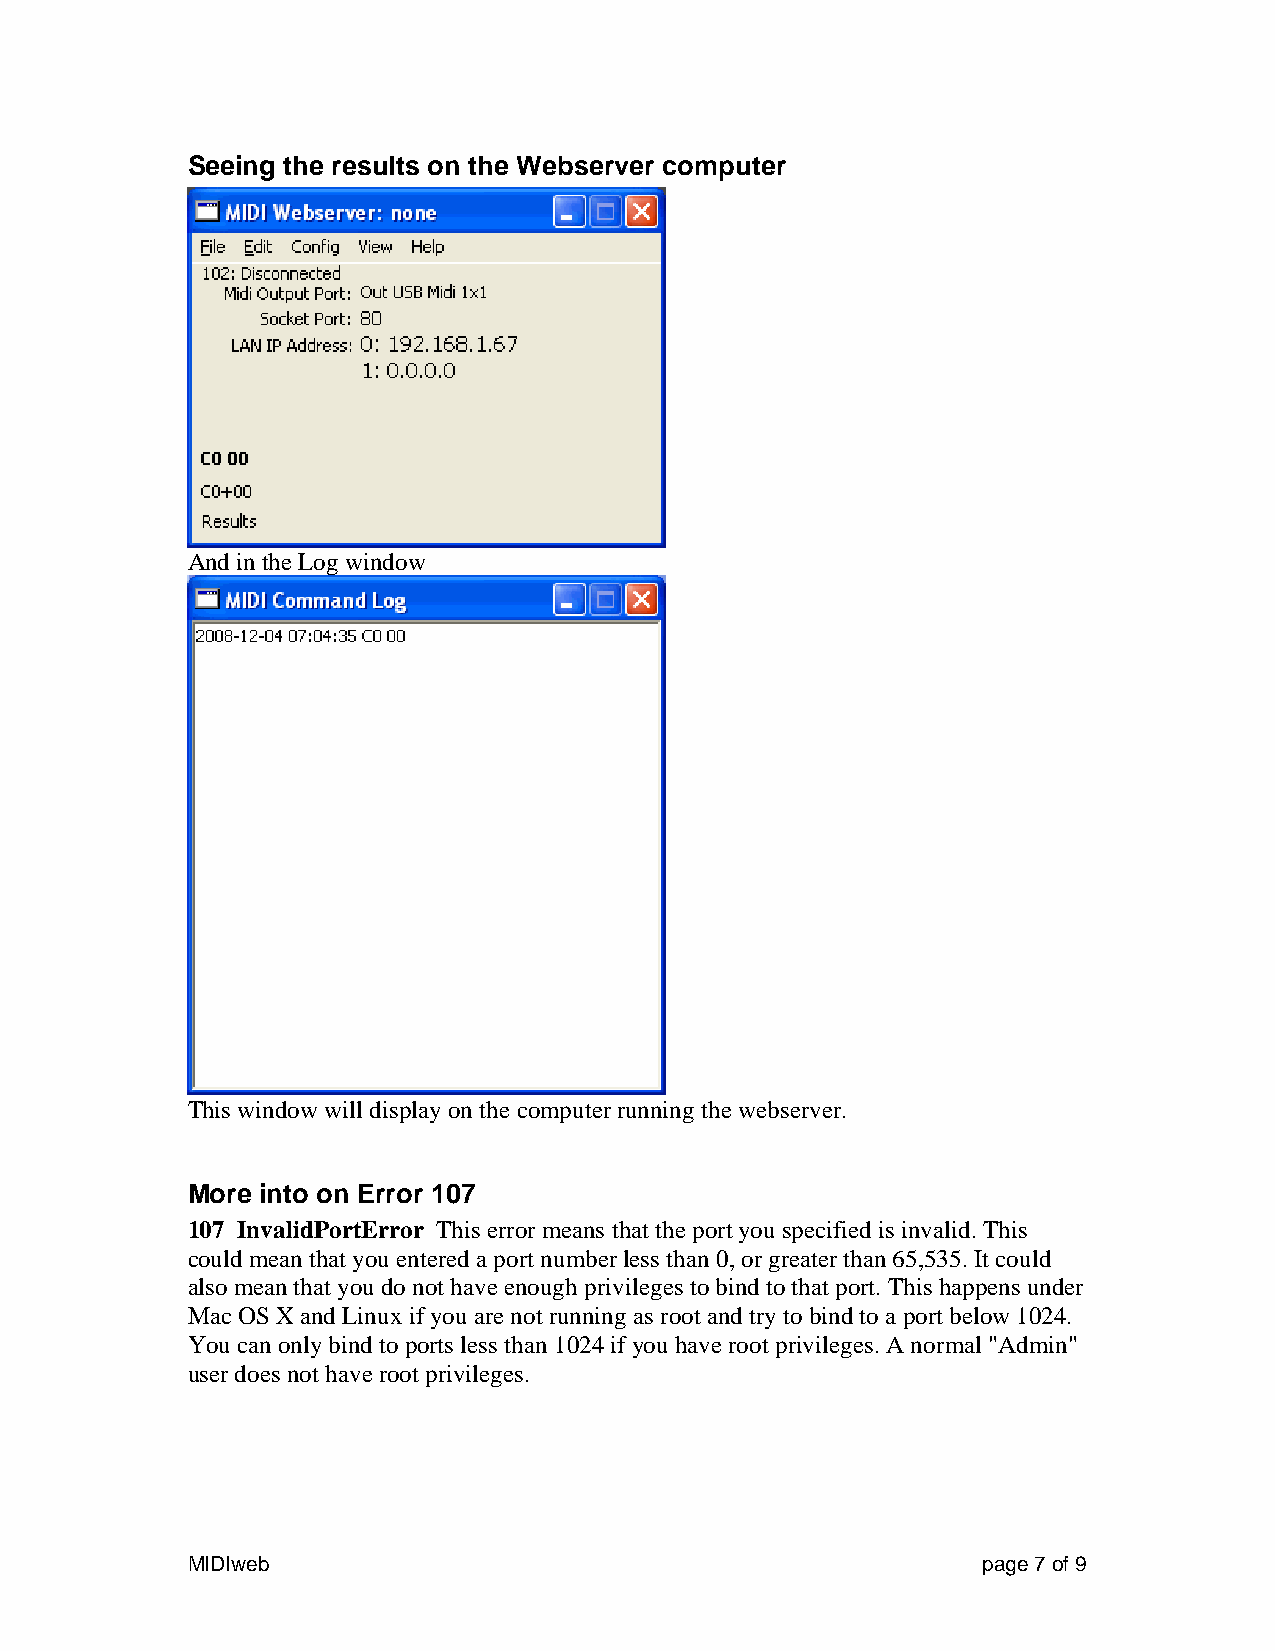
Seeing the results on the Webserver computer
 And in the Log window
 This window will display on the computer running the webserver.
 More into on Error 107
 107 InvalidPortError This error means that the port you specified is invalid. This
 could mean that you entered a port number less than 0, or greater than 65,535. It could
 also mean that you do not have enough privileges to bind to that port. This happens under
 Mac OS X and Linux if you are not running as root and try to bind to a port below 1024.
 You can only bind to ports less than 1024 if you have root privileges. A normal "Admin"
 user does not have root privileges.
 MIDIweb                                              page 7 of 9